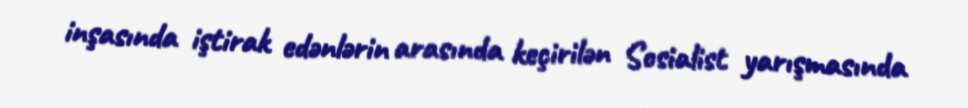
inşasında iştirak edənlərin arasında keçirilən Sosialist yarışmasında